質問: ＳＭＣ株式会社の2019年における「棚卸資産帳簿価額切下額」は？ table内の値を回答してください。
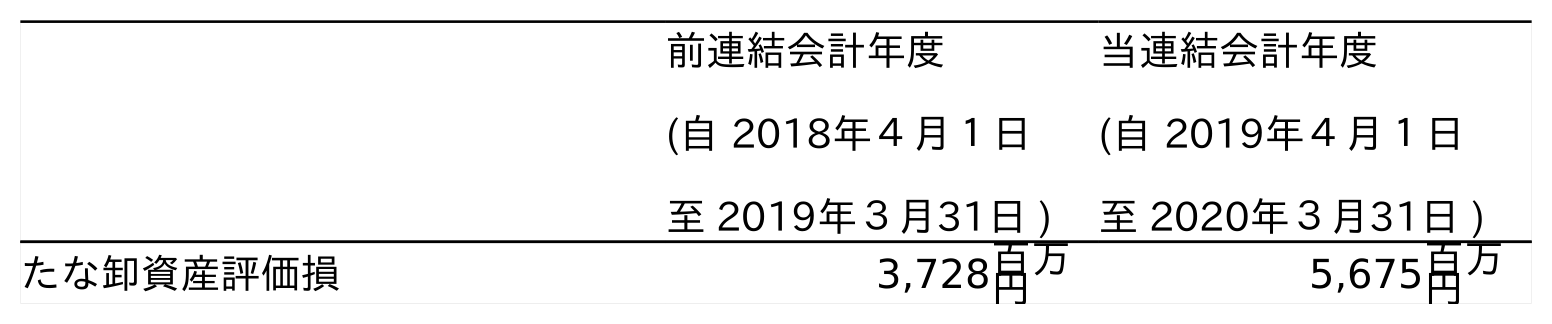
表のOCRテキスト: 前連結会計年度 (自 2018年４月１日 至 2019年３月31日 ) 当連結会計年度 (自 2019年４月１日 至 2020年３月31日 ) たな卸資産評価損 3,728百万 円 5,675百万 円
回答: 3,728